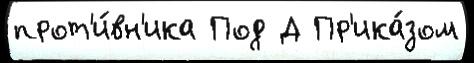
прот'и́вн'ика Под Д Пр'ика́зом